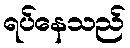
ရပ်နေသည်